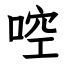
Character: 啌